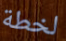
لخطة